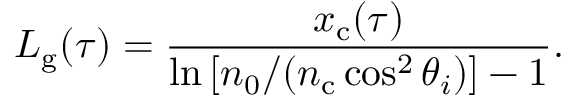
L _ { \mathrm { g } } ( \tau ) = \frac { x _ { \mathrm { c } } ( \tau ) } { \ln \left[ n _ { 0 } / ( n _ { \mathrm { c } } \cos ^ { 2 } \theta _ { i } ) \right] - 1 } .